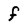
Character: f